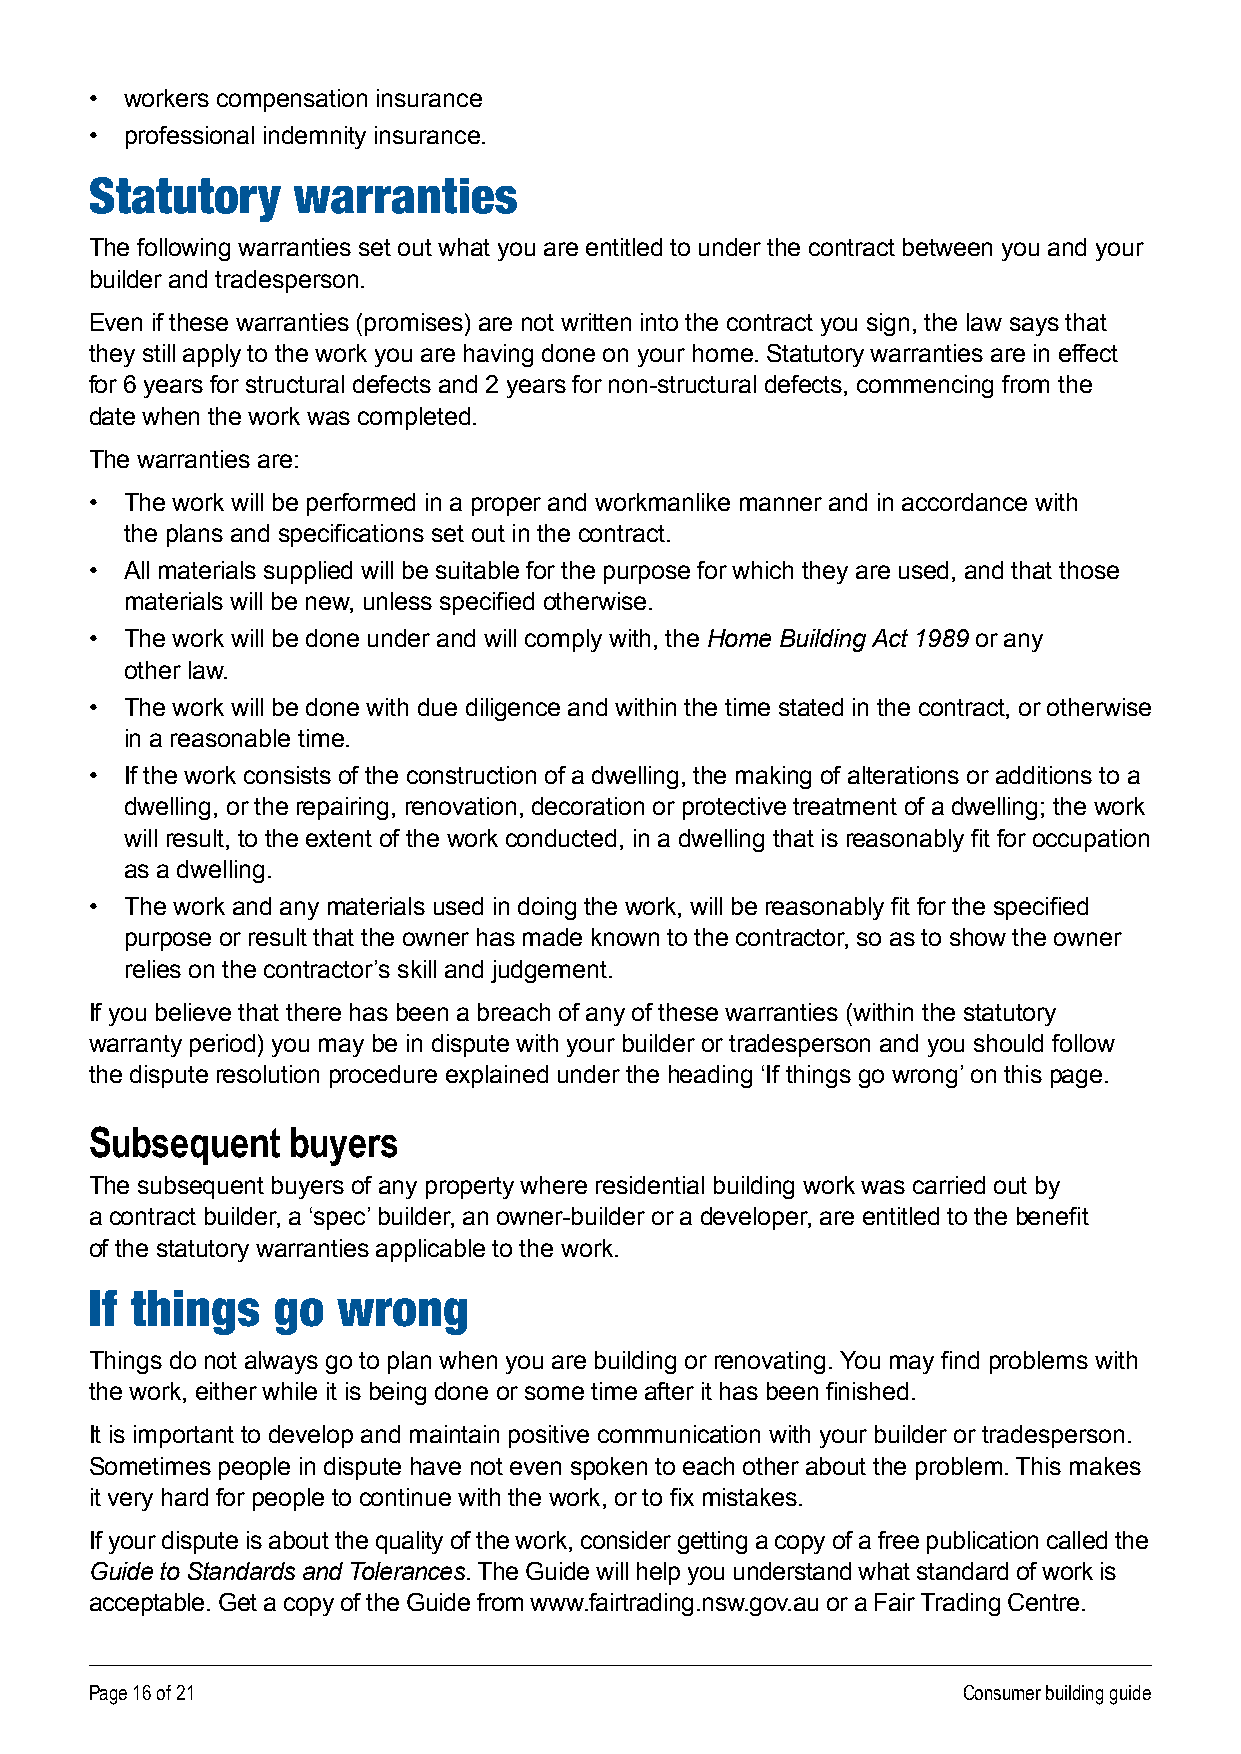
• workers compensation insurance
 • professional indemnity insurance .
 Statutory    warranties
 The following warranties set out what you are entitled to under the contract between you and your
 builder and tradesperson .
 Even if these warranties (promises) are not written into the contract you sign, the law says that
 they still apply to the work you are having done on your home . Statutory warranties are in effect
 for 6 years for structural defects and 2 years for non-structural defects, commencing from the
 date when the work was completed .
 The warranties are:
 • The work will be performed in a proper and workmanlike manner and in accordance with
 the plans and specifications set out in the contract.
 • All materials supplied will be suitable for the purpose for which they are used, and that those
 materials will be new, unless specified otherwise.
 • The work will be done under and will comply with, the Home Building Act 1989 or any
 other law .
 • The work will be done with due diligence and within the time stated in the contract, or otherwise
 in a reasonable time .
 • If the work consists of the construction of a dwelling, the making of alterations or additions to a
 dwelling, or the repairing, renovation, decoration or protective treatment of a dwelling; the work
 will result, to the extent of the work conducted, in a dwelling that is reasonably fit for occupation
 as a dwelling .
 • The work and any materials used in doing the work, will be reasonably fit for the specified
 purpose or result that the owner has made known to the contractor, so as to show the owner
 relies on the contractor’s skill and judgement .
 If you believe that there has been a breach of any of these warranties (within the statutory
 warranty period) you may be in dispute with your builder or tradesperson and you should follow
 the dispute resolution procedure explained under the heading ‘If things go wrong ’on this page.
 Subsequent   buyers
 The subsequent buyers of any property where residential building work was carried out by
 a contract builder, a ‘spec’ builder, an owner-builder or a developer, are entitled to the benefit
 of the statutory warranties applicable to the work .
 If things   go  wrong
 Things do not always go to plan when you are building or renovating. You may find problems with
 the work, either while it is being done or some time after it has been finished.
 It is important to develop and maintain positive communication with your builder or tradesperson .
 Sometimes people in dispute have not even spoken to each other about the problem . This makes
 it very hard for people to continue with the work, or to fix mistakes.
 If your dispute is about the quality of the work, consider getting a copy of a free publication called the
 Guide to Standards and Tolerances . The Guide will help you understand what standard of work is
 acceptable . Get a copy of the Guide from www .fairtrading .nsw .gov .au or a Fair Trading Centre .
 Page 16 of 21                                             Consumer building guide